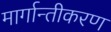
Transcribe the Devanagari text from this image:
मार्गान्तीकरण